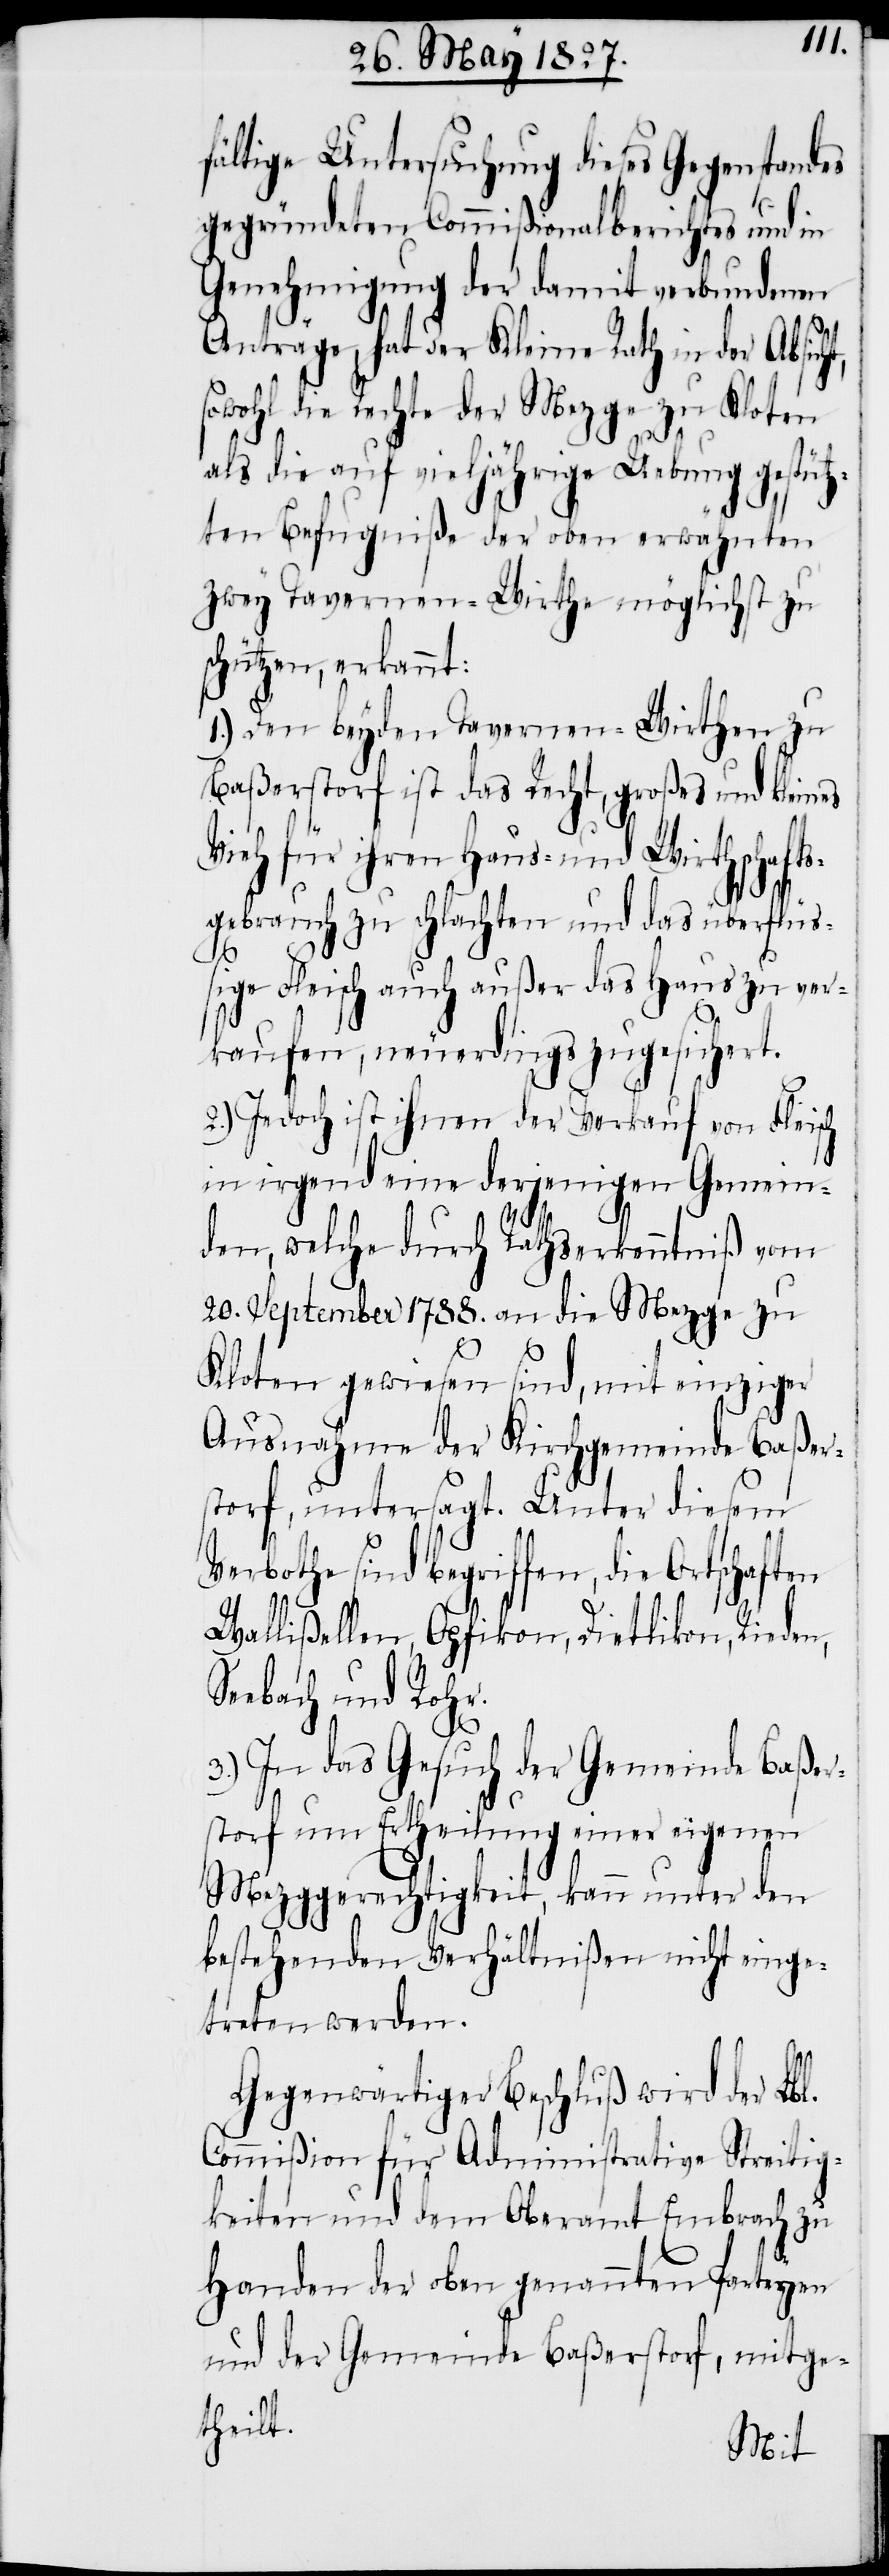
fältige Untersuchung dieses Gegenstandes
gegründeten Commißionalberichtes und in
Genehmigung der damit verbundenen
Anträge, hat der Kleine Rath in der Absicht,
sowohl die Rechte der Mezge zu Kloten
als die auf vieljährige Uebung gestütz¬
ten Befugniße der oben erwähnten
zwey Tavernen-Wirthe möglichst zu
schützen, erkannt:
1.) Den beyden Tavernen-Wirthen zu
Baßerstorf ist das Recht, großes und kleines
Vieh für ihren Haus- und Wirthschaft¬
sgebrauch zu schlachten und das überflüß¬
ige Fleisch auch außer das Haus zu ver¬
kaufen, neuerdings zugesichert.
2.) Jedoch ist ihnen der Verkauf von Fleisch
in irgend eine derjenigen Gemein¬
den, welche durch Rathserkenntniß vom
20. September 1788. an die Mezge zu
Kloten gewiesen sind, mit einziger
Ausnahme der Kirchgemeinde Baßer¬
storf, untersagt. Unter diesem
Verbothe sind begriffen, die Ortschaften
Wallisellen, Opfikon, Dietlikon, Rieden,
Seebach und Rohr.
3.) In das Gesuch der Gemeinde Baßer¬
storf um Ertheilung einer eigenen
Mezggerechtigkeit, kann unter den
bestehenden Verhältnißen nicht einge¬
treten werden.
Gegenwärtiger Beschluß wird der Lbl.
Commißion für Administrative Streitig¬
keiten und dem Oberamt Embrach zu
Handen der oben genannten Parteyen
und der Gemeinde Baßerstorf, mitge¬
theilt.